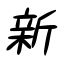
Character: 新